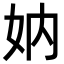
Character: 妠